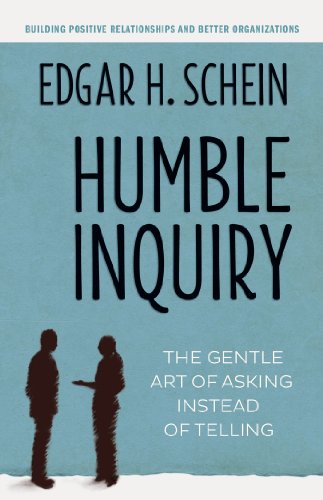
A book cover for Humble Inquiry: The Gentle Art of Asking Instead of Telling; Edgar H Schein; Self-Help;